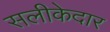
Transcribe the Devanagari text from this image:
सलीकेदार